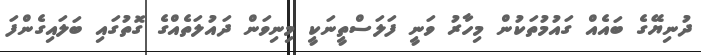
ދުނިޔޭގެ ބައެއް ގައުމުތަކުން މިހާރު ވަނީ ފަލަސްތީނަކީ މިނިވަން ދައުލަތެއްގެ ގޮތުގައި ބަލައިގެންފަ